Annual administration report of the Civil Veterinary Department of India - 1897-1898
Year: 1897
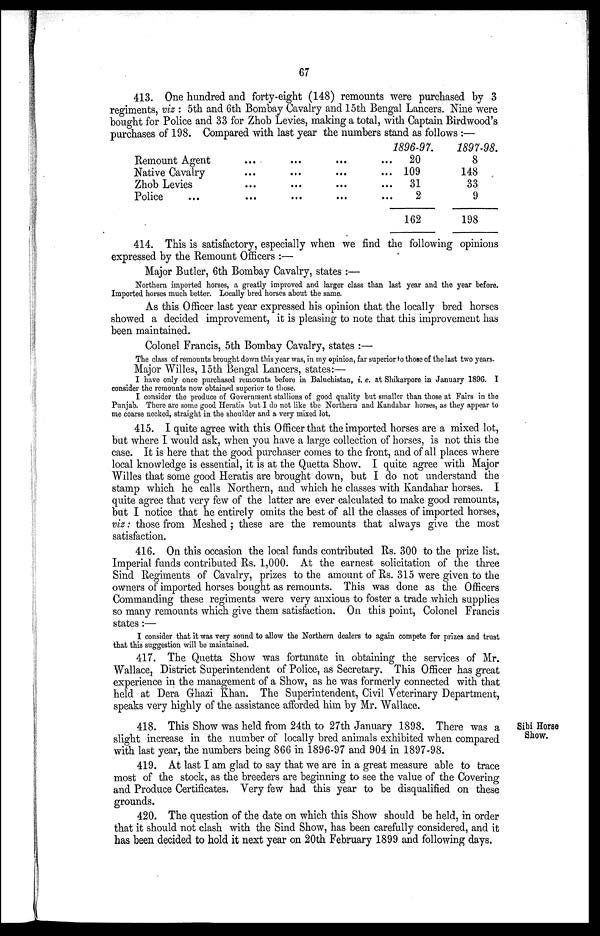
67
413. One hundred and forty-eight (148) remounts were purchased by 3
regiments, viz: 5th and 6th Bombay Cavalry and 15th Bengal Lancers. Nine were
bought for Police and 33 for Zhob Levies, making a total, with Captain Birdwood's
purchases of 198. Compared with last year the numbers stand as follows:—
Remount Agent
Native Cavalry
Zhob Levies
Police
...
...
...
...
...
...
...
...
...
...
...
...
...
...
...
1896-97.
20
109
31
2
162
1897-98.
8
148
33
9
198
414. This is satisfactory, especially when we find the following opinions
expressed by the Remount Officers:—
Major Butler, 6th Bombay Cavalry, states:—
Northern imported horses, a greatly improved and larger class than last year and the year before.
Imported horses much better. Locally bred horses about the same.
As this Officer last year expressed his opinion that the locally bred horses
showed a decided improvement, it is pleasing to note that this improvement has
been maintained.
Colonel Francis, 5th Bombay Cavalry, states:—
The class of remounts brought down this year was, in my opinion, far superior to those of the last two years.
Major Willes, 15th Bengal Lancers, states:—
I have only once purchased remounts before in Baluchistan, i. e. at Shikarpore in January 1896. I
consider the remounts now obtained superior to those.
I consider the produce of Government stallions of good quality but smaller than those at Fairs in the
Punjab. There are some good Heratis but I do not like the Northern and Kandahar horses, as they appear to
me coarse necked, straight in the shoulder and a very mixed lot.
415. I quite agree with this Officer that the imported horses are a mixed lot,
but where I would ask, when you have a large collection of horses, is not this the
case. It is here that the good purchaser comes to the front, and of all places where
local knowledge is essential, it is at the Quetta Show. I quite agree with Major
Willes that some good Heratis are brought down, but I do not understand the
stamp which he calls Northern, and which he classes with Kandahar horses. I
quite agree that very few of the latter are ever calculated to make good remounts,
but I notice that he entirely omits the best of all the classes of imported horses,
viz: those from Meshed; these are the remounts that always give the most
satisfaction.
416. On this occasion the local funds contributed Rs. 300 to the prize list.
Imperial funds contributed Rs. 1,000. At the earnest solicitation of the three
Sind Regiments of Cavalry, prizes to the amount of Rs. 315 were given to the
owners of imported horses bought as remounts. This was done as the Officers
Commanding these regiments were very anxious to foster a trade which supplies
so many remounts which give them satisfaction. On this point, Colonel Francis
states:—
I consider that it was very sound to allow the Northern dealers to again compete for prizes and trust
that this suggestion will be maintained.
417. The Quetta Show was fortunate in obtaining the services of Mr.
Wallace, District Superintendent of Police, as Secretary. This Officer has great
experience in the management of a Show, as he was formerly connected with that
held at Dera Ghazi Khan. The Superintendent, Civil Veterinary Department,
speaks very highly of the assistance afforded him by Mr. Wallace.
Sibi Horse
Show.
418. This Show was held from 24th to 27th January 1898. There was a
slight increase in the number of locally bred animals exhibited when compared
with last year, the numbers being 866 in 1896-97 and 904 in 1897-98.
419. At last I am glad to say that we are in a great measure able to trace
most of the stock, as the breeders are beginning to see the value of the Covering
and Produce Certificates. Very few had this year to be disqualified on these
grounds.
420. The question of the date on which this Show should be held, in order
that it should not clash with the Sind Show, has been carefully considered, and it
has been decided to hold it next year on 20th February 1899 and following days.